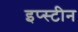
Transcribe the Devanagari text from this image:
इप्स्टीन